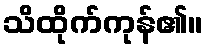
သိထိုက်ကုန်၏။